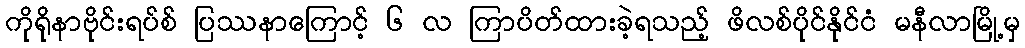
ကိုရိုနာဗိုင်းရပ်စ် ပြဿနာကြောင့် ၆ လ ကြာပိတ်ထားခဲ့ရသည့် ဖိလစ်ပိုင်နိုင်ငံ မနီလာမြို့မှ